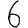
Digit: 6